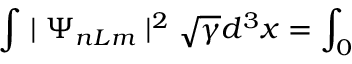
\int \mid \Psi _ { n L m } \mid ^ { 2 } \sqrt { \gamma } d ^ { 3 } x = \int _ { 0 }